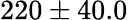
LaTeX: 220\pm 40.0